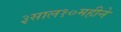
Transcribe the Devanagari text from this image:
३साल१०महीने